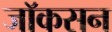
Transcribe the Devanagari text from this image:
जॉकसन